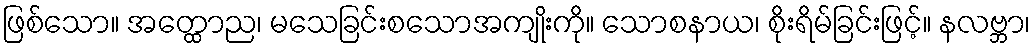
ဖြစ်သော။ အတ္ထောည၊ မသေခြင်းစသောအကျိုးကို။ သောစနာယ၊ စိုးရိမ်ခြင်းဖြင့်။ နလဗ္ဘာ၊